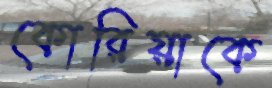
কোরিয়াকে